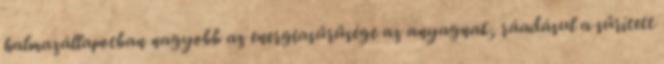
halmazállapotban nagyobb az energiasűrűsége az anyagnak, ráadásul a sűrített